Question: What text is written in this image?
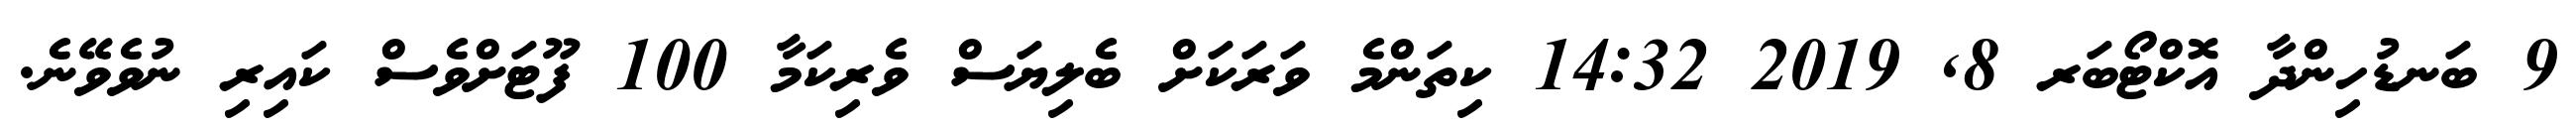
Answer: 9 ބަނޑުހިންދާ އޮކްޓޯބަރ 8, 2019 14:32 ކިތަންމެ ވަރަކަށް ބެލިޔަސް ވެރިކަމާ 100 ފޫޓަށްވެސް ކައިރި ނުވެވޭނެ.